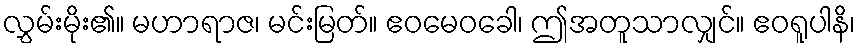
လွှမ်းမိုး၏။ မဟာရာဇ၊ မင်းမြတ်။ ဧဝမေဝခေါ၊ ဤအတူသာလျှင်။ ဧဝရူပါနိ၊